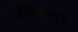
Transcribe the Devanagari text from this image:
तत्वतां